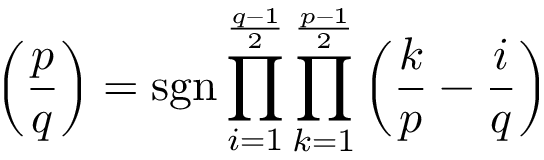
\left( { \frac { p } { q } } \right) = \operatorname { s g n } \prod _ { i = 1 } ^ { \frac { q - 1 } { 2 } } \prod _ { k = 1 } ^ { \frac { p - 1 } { 2 } } \left( { \frac { k } { p } } - { \frac { i } { q } } \right)